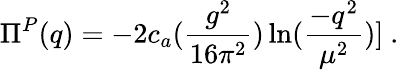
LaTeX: {{\Pi}^{P}}(q)=-2c_{a}(\frac{g^{2}}{16\pi^{2}})\ln(\frac{-q^{2}}{\mu^{2}})]~.